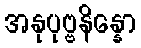
အနုပုဗ္ဗနိန္နော